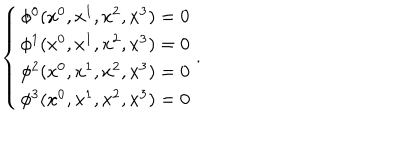
LaTeX: \left\{ \begin{array} { c } { { \phi ^ { 0 } ( x ^ { 0 } , x ^ { 1 } , x ^ { 2 } , x ^ { 3 } ) = 0 } } \\ { { \phi ^ { 1 } ( x ^ { 0 } , x ^ { 1 } , x ^ { 2 } , x ^ { 3 } ) = 0 } } \\ { { \phi ^ { 2 } ( x ^ { 0 } , x ^ { 1 } , x ^ { 2 } , x ^ { 3 } ) = 0 } } \\ { { \phi ^ { 3 } ( x ^ { 0 } , x ^ { 1 } , x ^ { 2 } , x ^ { 3 } ) = 0 } } \\ \end{array} \right. .